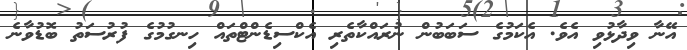
އޭނާ ވިދާޅުވި އެވެ. އެކަމުގެ ސަބަބުން ނުރައްކާތެރި އެކްސިޑެންޓްތައް ހިނގުމުގެ ފުރުސަތު ބޮޑުވާނެ